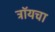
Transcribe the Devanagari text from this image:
ट्रॉयचा